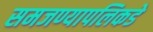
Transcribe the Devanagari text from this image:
समजण्यापलिकडे